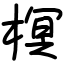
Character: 榠